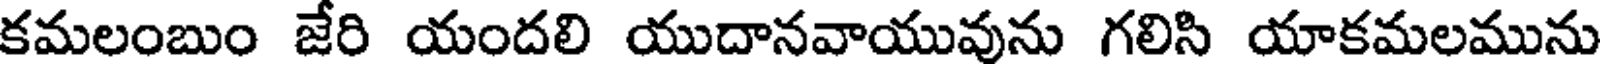
కమలంబుం జేరి యందలి యుదానవాయువును గలిసి యాకమలమును